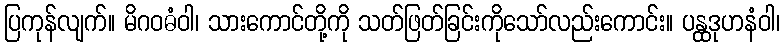
ပြကုန်လျက်။ မိဂဝဓံဝါ၊ သားကောင်တို့ကို သတ်ဖြတ်ခြင်းကိုသော်လည်းကောင်း။ ပန္ထဒုဟနံဝါ၊